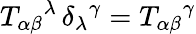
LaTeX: T_{\alpha\beta}{}^{\lambda}\, \delta_{\lambda}{}^{\gamma}=T_{\alpha\beta}{}^{\gamma}